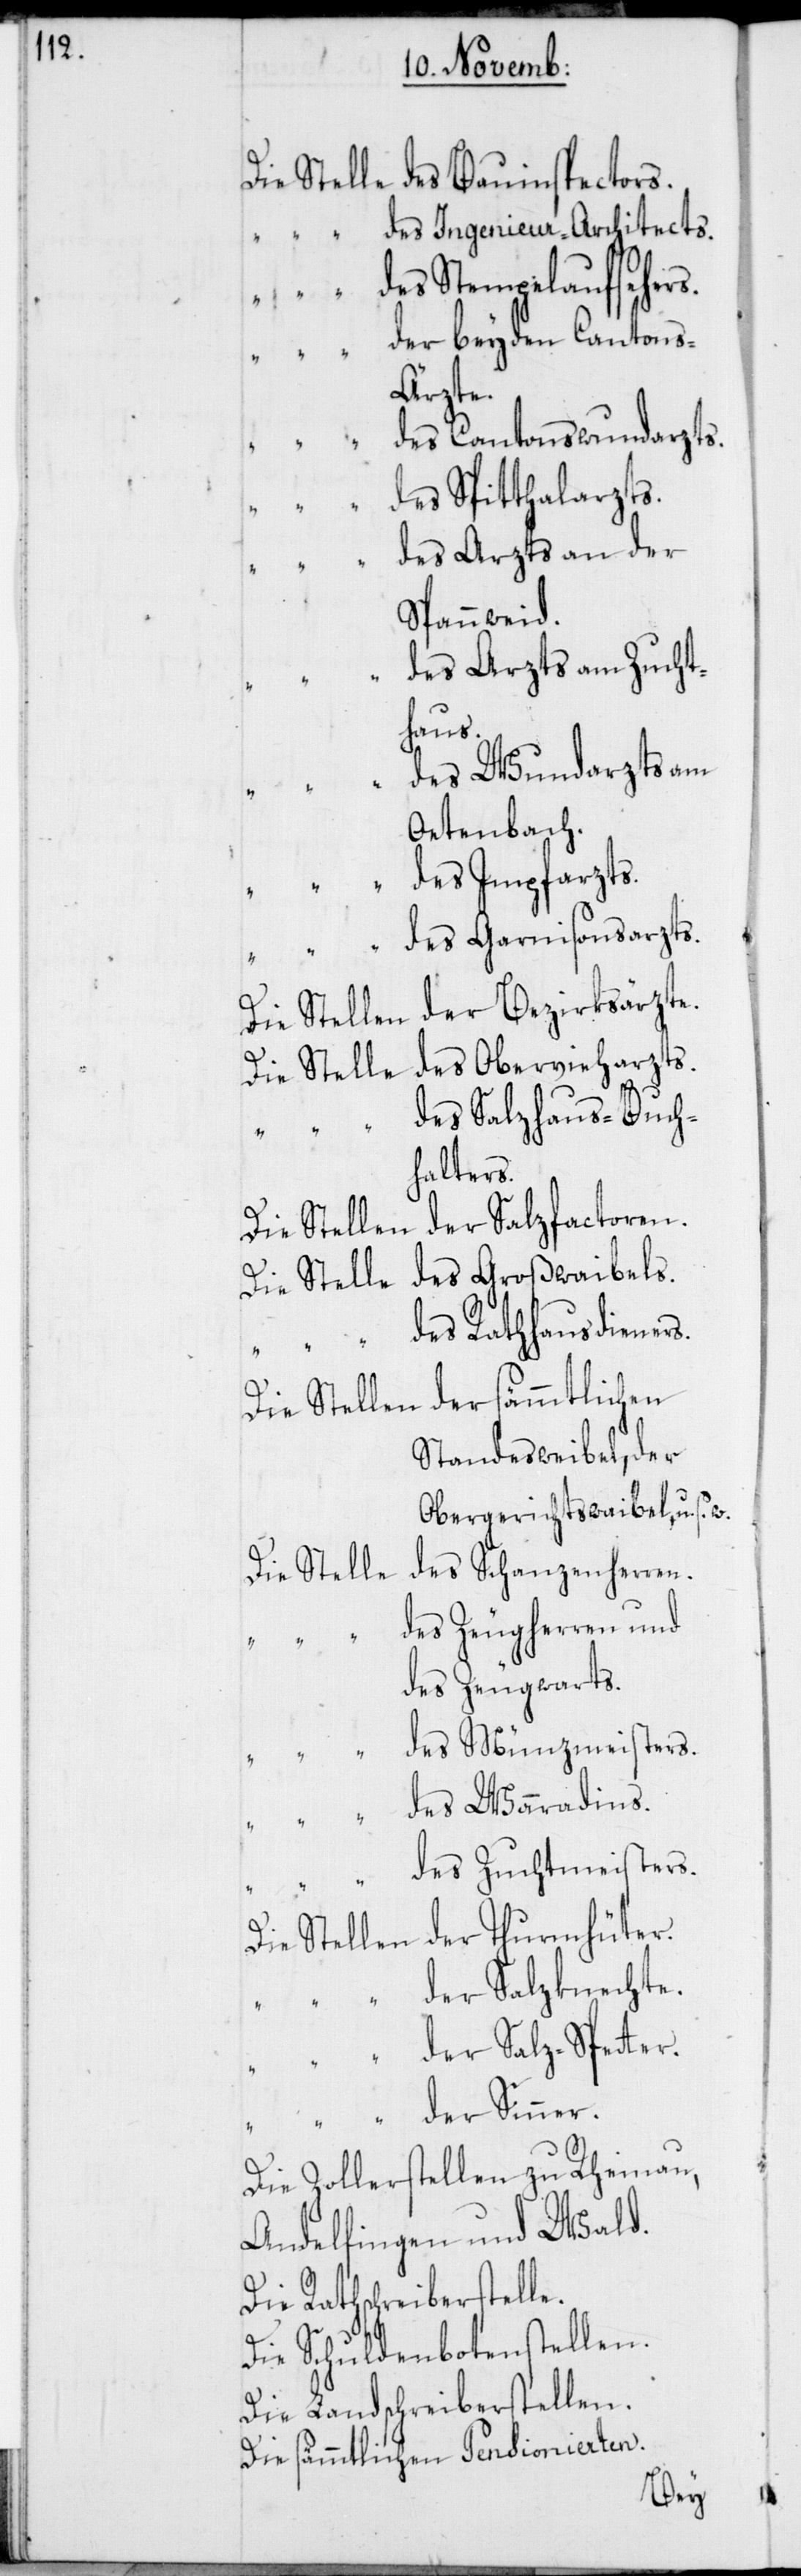
“ des Ingenieur-Architects.
“ “ des Stempelaufsehers.
der beyden Canton¬
s-Ärzte.
des Cantonswundarzts.
des Spitthalarzts.
des Arzts an der
Spannweid.
des Arzts am Zucht¬
haus.
des Wundarzts am
Oetenbach.
“ des Impfarzts.
des Garnisonsarzts.
Die Stellen der Bezirksärzte.
Die Stelle des Obervieharzts.
des Salzhaus-Buch¬
halters.
die Stellen der Salzfactoren.
die Stelle des Großwaibels.
des Rathhausdieners.
Die Stellen der sämmtlichen
Standesweibel, der
Obergerichtswaibel, u. s.
des Schanzenherren.
Die Stelle
des Zeugherren und
des Zeugwarts.
des Münzmeisters.
des Waradins.
des Zuchtmeisters.
w.
Die Stellen der Thurmhüter.
“ “ der Salzknechte.
der Salz-Spetter.
“ “ der Sinner.
Die Zollerstellen zu Rheinau,
Andelfingen und Wald.
Die Rathschreiberstelle.
Die Schuldenbotenstellen.
Die Landschreiberstellen.
Die sämmtlichen Pensionierten.
des